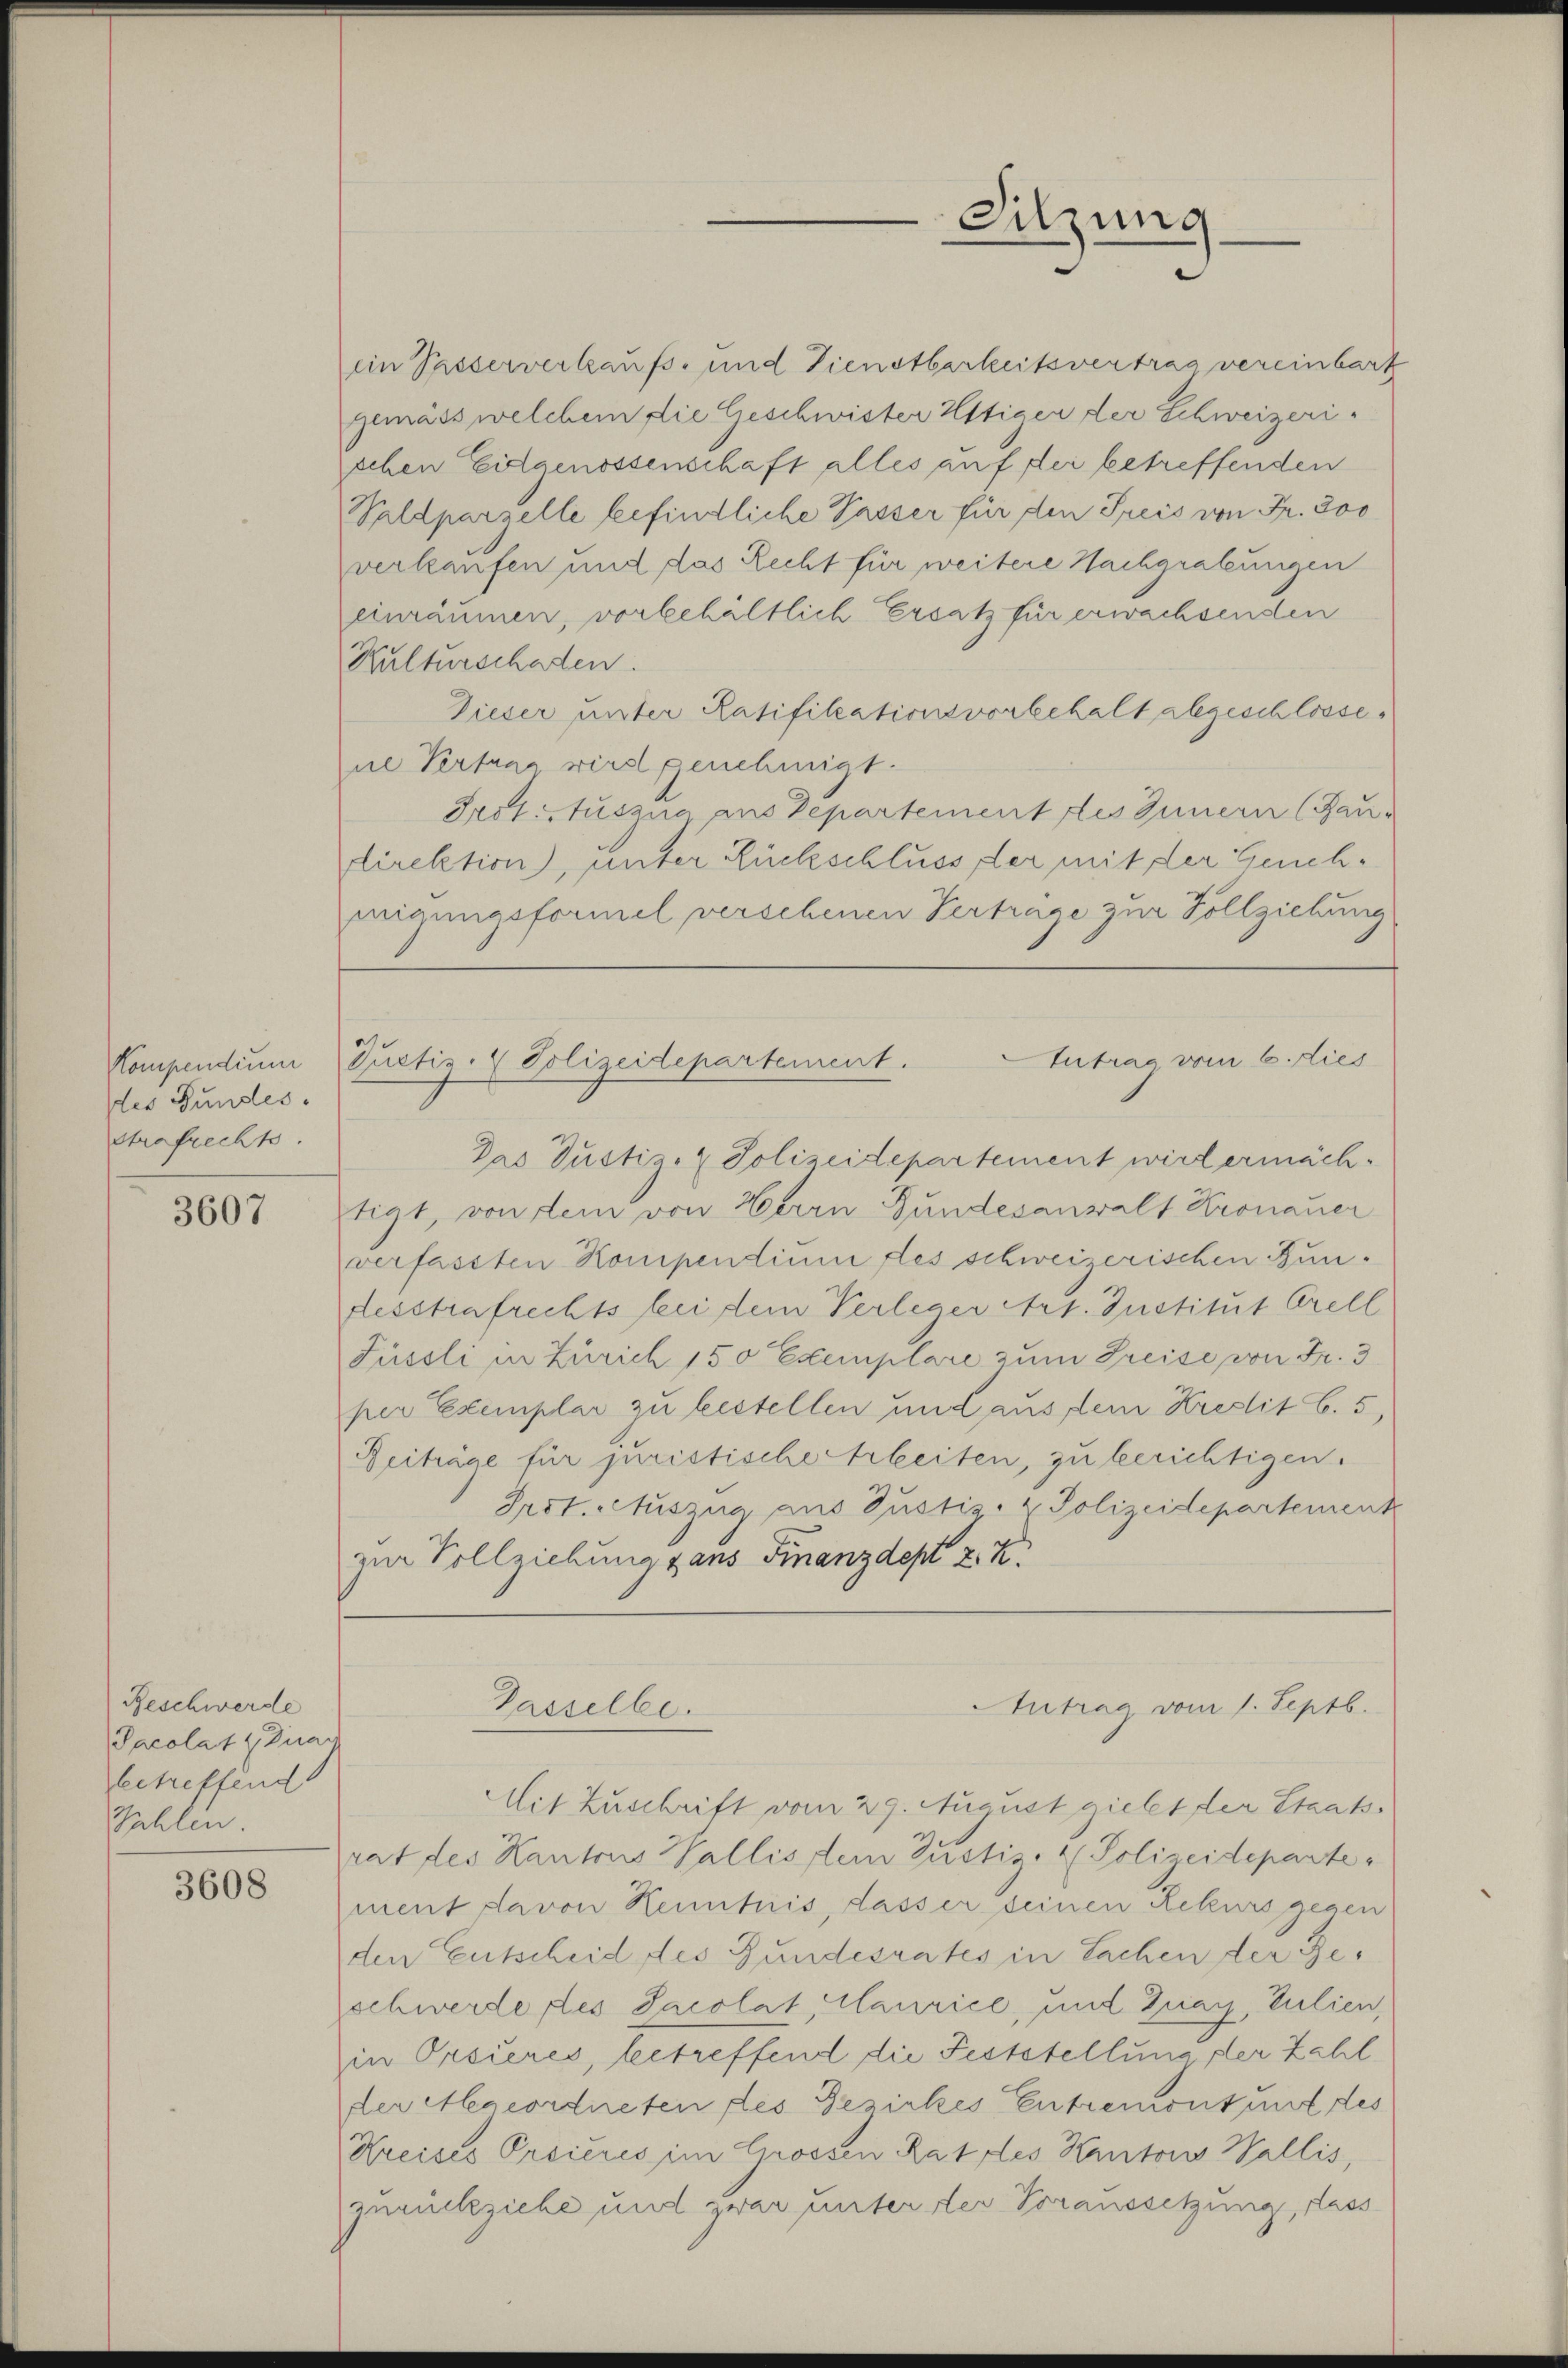
Kompendium
des Gundes.
Strafrechts

3607

Beschwerde
Pacolat Quar
betreffend
Zahlen.

3608

Sitzung

Antrag vom 6. dies
Justiz- & Polizeidepartement.

ein Passerverkaufs- und Dienstbarkeitsvertrag vereinbart
gemäss welchem die Geschwister Ustigen der Schweizeri-
schen Eidgenossenschaft alles auf der betreffenden
Waldparzelle befindliche Passer für den Preis von Fr. 300
verkaufen und das Recht für weitere Nachgrabungen
einräumen, vorbehältlich Ersatz für erwachsenden
Kulturschaden.
Dieser unter Ratifikationsvorbehalt abgeschlossene Vertrag wird genehmigt.
Irottuszug aus Departement des Innern (Saudirektion), unter Rückschluss, der mit der Genehmigungsformel verschenen Vertrage zur Vollziehung
Das Justiz- & Polizeidepartement wird ermächtigt, von dem von Herrn Gundesanwalt Kronauer
verfassten Kompendium des schweizerischen Bundesstrafrechts bei dem Verleger Art. Institut Grell
Püssli in Zürich 150 Exemplare zum Preise von Fr. 3
per Exemplar zu bestellen und aus dein Kredit C. 5
Beiträge für juristische Arbeiten, zu berichtigen.
Prot. Auszug aus Justiz- & Polizeidepartement
zur Vollziehung dans Finanzdept z. Z.
Antrag vom 1. Septb.
Gasselbe.
Mit Zuschrift vom 29. August giebt der Staats.
rat des Kantons Wallissem Justiz- & Polizeideparte
nient davon Kenntnis, lasser seinen Rekurs gegen
den Entscheid des Gundesrates in Sachen der Geschwerde des Jacolat, Maurice, und Quar, Julien,
in Orsieres, betreffend die Feststellung der Zahl
der Megeordneten des Gesiches Entremont und des
Kreises Orsiérés im Grossen Rat des Kantons Wallis,
zurückziehe und zwar unter der Voraussetzung, dass